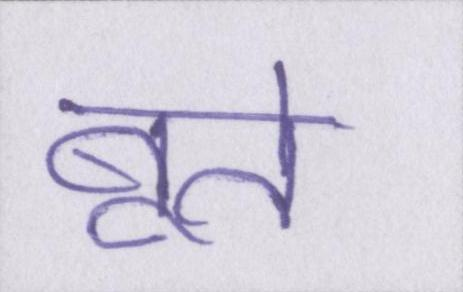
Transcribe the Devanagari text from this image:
बूते